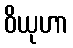
ဝိယုဟာ